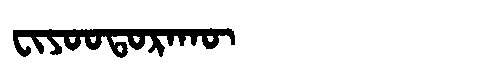
Manchu: ᠸᡳᠶᠣᠣᡨᠣᡵᠠᡴᡡ
Romanization: FIYOOTORAKŪ